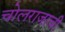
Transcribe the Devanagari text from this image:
चोलराजाची